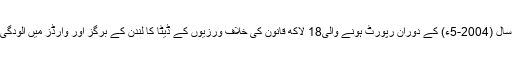
اس میں لندن میں دو سال (2004-5ء) کے دوران رپورٹ ہونے والی18 لاکھ قانون کی خلاف ورزیوں کے ڈیٹا کا لندن کے بَرگز اور وارڈز میں آلودگی سے موازنہ کیا گیا۔